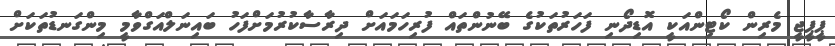
ޕީޕީޖީ މެރިން ކޯޓިންއަކީ އޮޑިދޯނި ފަހަރުތަކުގެ ބޭނުންތައް ފުރިހަމައަށް ދިރާސާކުރުމަށްފަހު ބައިނަލްއަގްވާމީ މިންގަނޑުތަކަށް